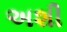
અશી